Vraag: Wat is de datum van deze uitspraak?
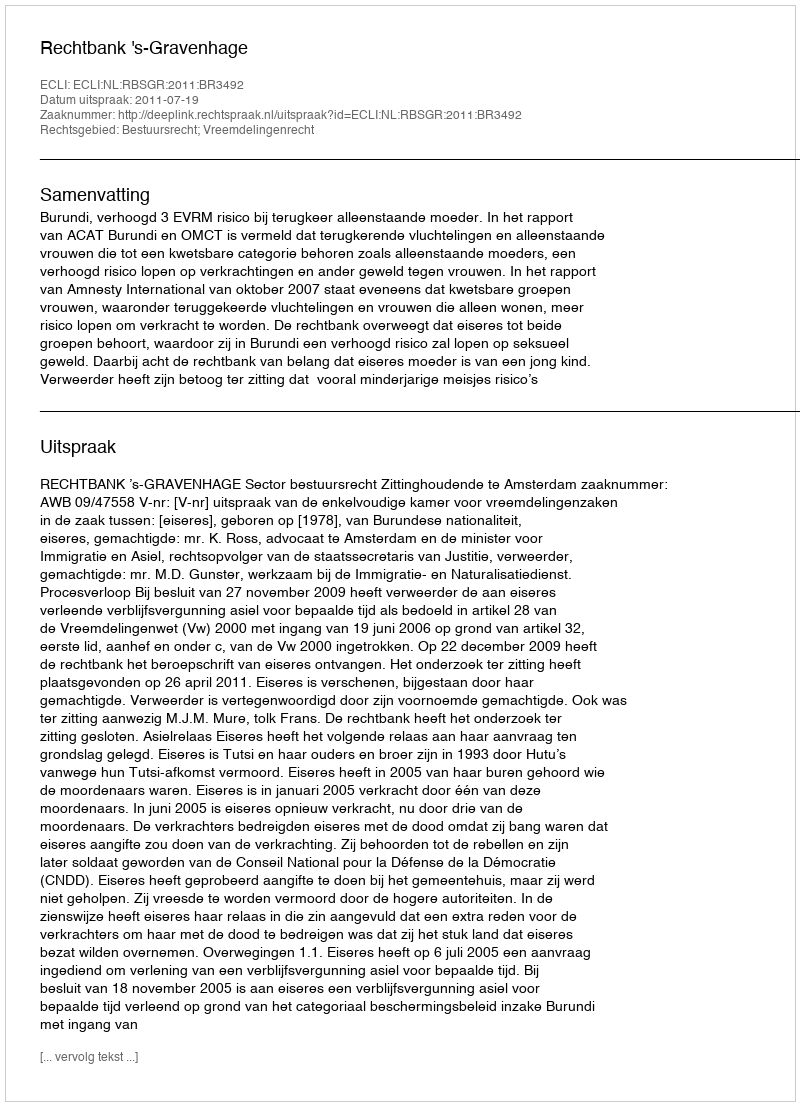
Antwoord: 2011-07-19